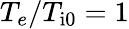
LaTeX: T_{e}/T_{\mathrm{i0}}=1